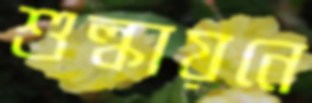
শুল্কায়নে